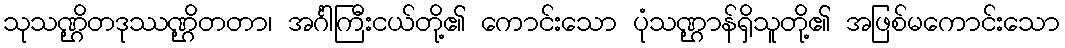
သုသဏ္ဌိတဒုဿဏ္ဌိတတာ၊ အင်္ဂါကြီးငယ်တို့၏ ကောင်းသော ပုံသဏ္ဌာန်ရှိသူတို့၏ အဖြစ်မကောင်းသော